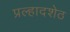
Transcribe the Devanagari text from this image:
प्रल्हादशेठ